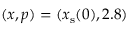
( x , p ) = ( x _ { \mathrm { s } } ( 0 ) , 2 . 8 )